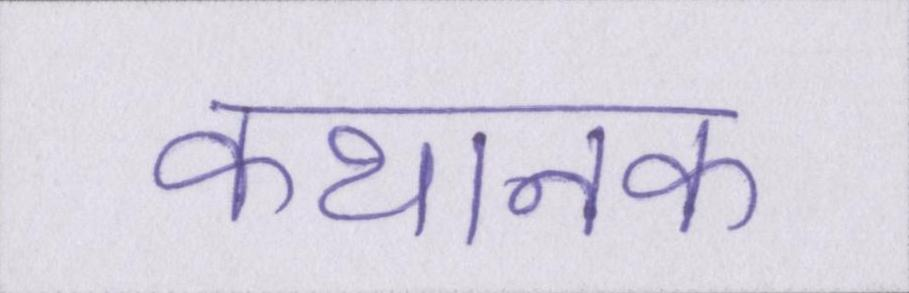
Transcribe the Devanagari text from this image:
कथानक